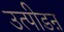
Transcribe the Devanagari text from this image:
उत्पीडऩ